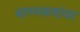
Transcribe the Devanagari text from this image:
बाष्पकणांवर